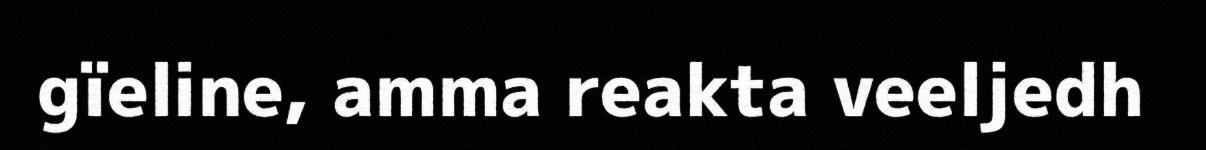
gïeline, amma reakta veeljedh